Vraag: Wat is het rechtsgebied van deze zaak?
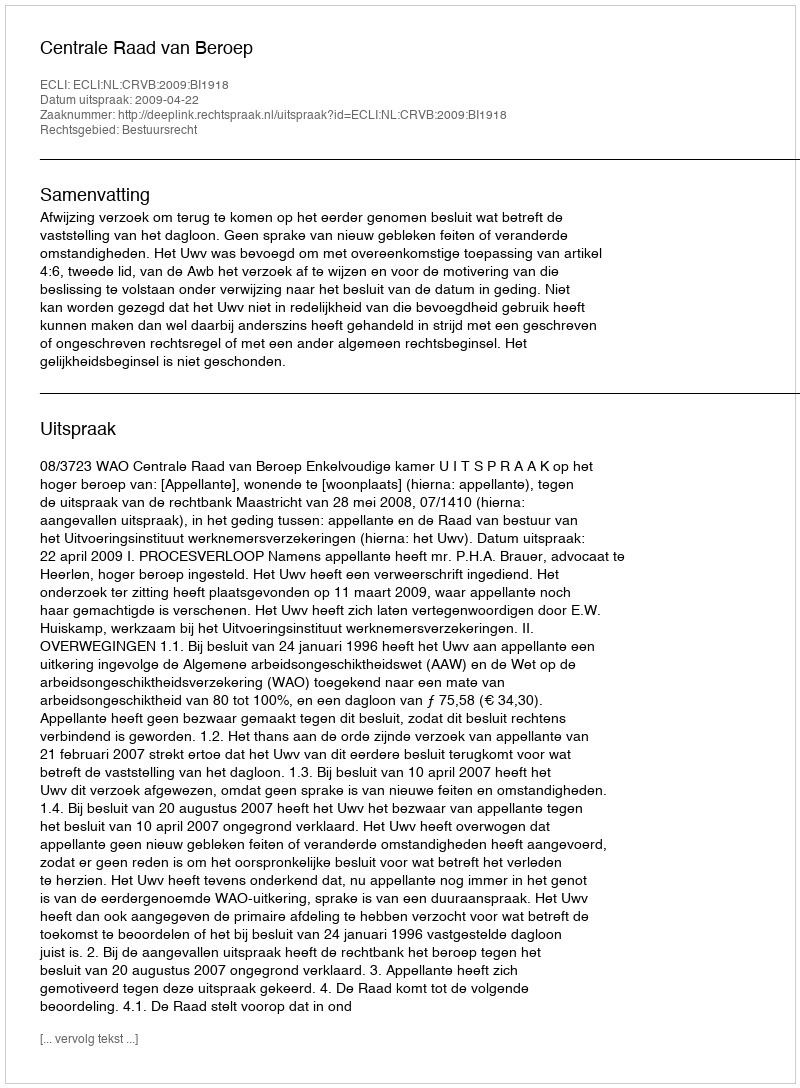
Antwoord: Bestuursrecht